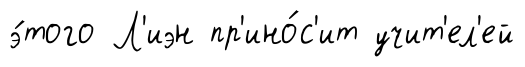
э́того Л'иэн пр'ино́с'ит учит'ел'ей